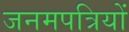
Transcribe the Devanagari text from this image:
जनमपत्रियों